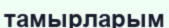
тамырларым